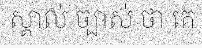
ស្គាល់ ច្បាស់ ថា គេ